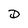
Character: D